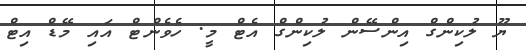
ޔޫ ލުކިންގް އިންސޭން ލުކިންގް އެޓް މީ. ހެވެންޓް އައި މޭޑް އިޓް